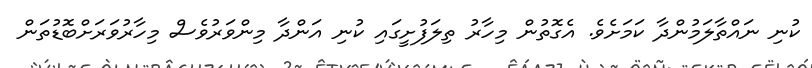
ކުނި ނައްތާލަމުންދާ ކަމަށެވެ. އެގޮތުން މިހާރު ތިލަފުށީގައި ކުނި އަންދާ މިންވަރުވެސް މިހާރުވަރަށްބޮޑުތަން